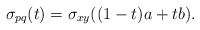
\begin{align*} \sigma_{pq}(t) = \sigma_{xy}((1-t)a+ tb). \end{align*}